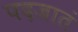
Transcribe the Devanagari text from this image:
पदजातं